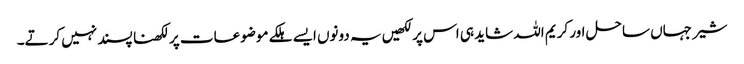
شیر جہاں ساحل اور کریم اللہ شاید ہی اس پر لکھیں یہ دونوں ایسے ہلکے موضوعات پر لکھنا پسند نہیں کرتے۔